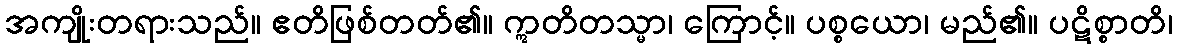
အကျိုးတရားသည်။ ဧတိဖြစ်တတ်၏။ ဣတိတသ္မာ၊ ကြောင့်။ ပစ္စယော၊ မည်၏။ ပဋိစ္စာတိ၊